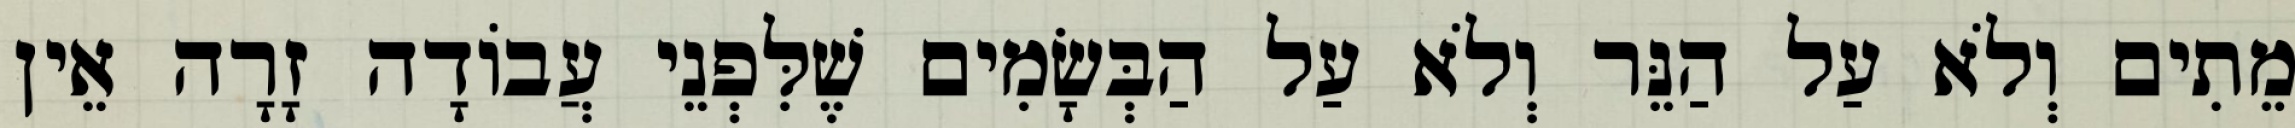
מֵתִים וְלֹא עַל הַנֵּר וְלֹא עַל הַבְּשָׂמִים שֶׁלִּפְנֵי עֲבוֹדָה זָרָה אֵין